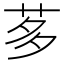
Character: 茤